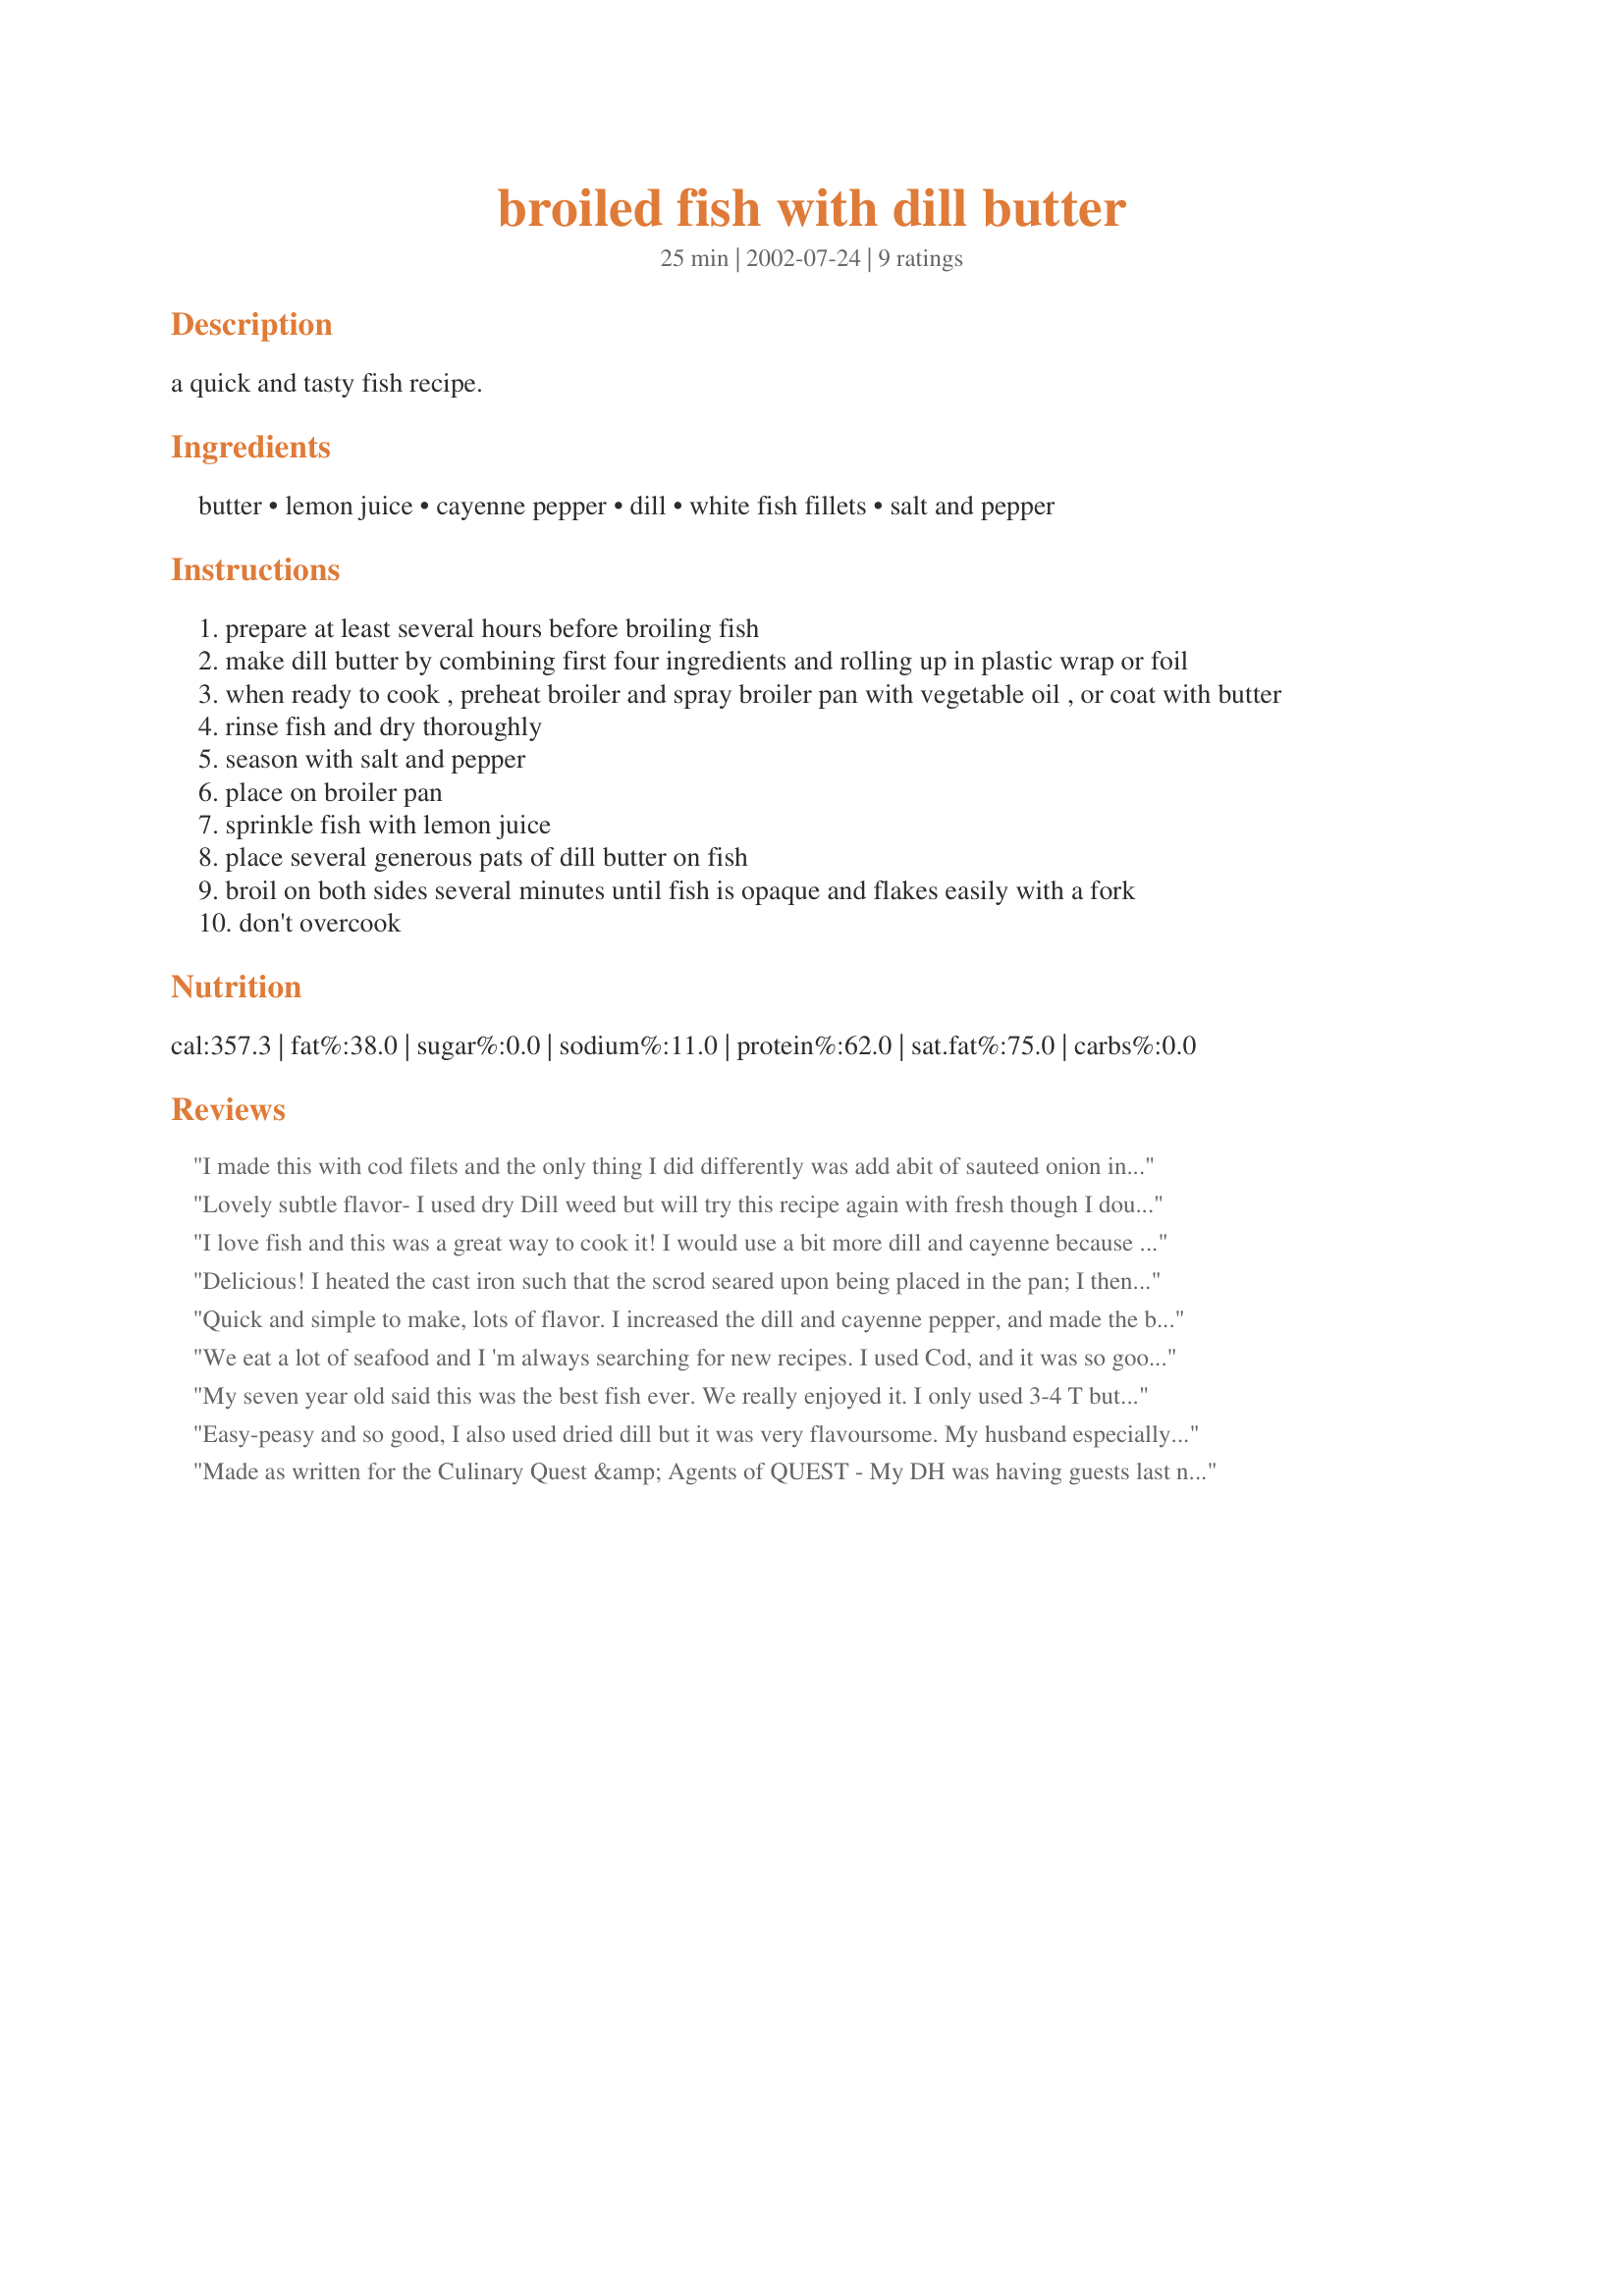
broiled fish with dill butter
Preparation time: 25 minutes

a quick and tasty fish recipe.

Ingredients:
butter, lemon juice, cayenne pepper, dill, white fish fillets, salt and pepper

Steps:
prepare at least several hours before broiling fish
make dill butter by combining first four ingredients and rolling up in plastic wrap or foil
when ready to cook , preheat broiler and spray broiler pan with vegetable oil , or coat with butter
rinse fish and dry thoroughly
season with salt and pepper
place on broiler pan
sprinkle fish with lemon juice
place several generous pats of dill butter on fish
broil on both sides several minutes until fish is opaque and flakes easily with a fork
don't overcook

Reviews:
I made this with cod filets and the only thing I did differently was add abit of sauteed onion in the butter which I drizzled on in the last few minutes. The flavor is outstanding, I served this with PanNan's Tartar sauce recipe #47077 for my Dad who cannot eat fish without it. I thought it was perfection without it, but still tasted it with and it was also wonderful! With Lent coming this will be repeated frequently in our house, it can be made quickly for the weeknight dinners, throw in a baked potato and your set! Thanks PanNan...a wonderful recipe as always!
Lovely subtle flavor- I used dry Dill weed but will try this recipe again with fresh though I doubt it can get much better than last night's dinner.Fresh Lime juice instead of lemon I used Basa filet, started by baking it at 375 for 5 minutes, turned on broiler and 5 minutes later - moist tasty filet Thanks PanNan for a recipe that goes right into my Fish & Seafood cookbook
I love fish and this was a great way to cook it! I would use a bit more dill and cayenne because they added a great overall flavour. Thanks PanNan!
Delicious! I heated the cast iron such that the scrod seared upon being placed in the pan; I then baked it for app. 20 mins. I recall a similar recipe growing up in New England, and this was it. Totally divine! Thanks for sharing!
Quick and simple to make, lots of flavor. I increased the dill and cayenne pepper, and made the butter ahead of time and stuck it in the freezer. I used cod fillets, and cooked them in foil on the barbecue grill. I added some salt and fresh cracked black pepper. **Made for Susie's World Tour 2018**
We eat a lot of seafood and I 'm always searching for new recipes. I used Cod, and it was so good. I was out of fresh dill, so I used some McCormick "It's A Dilly, seasoning. I'd serve this to company. Thanks!
My seven year old said this was the best fish ever. We really enjoyed it. I only used 3-4 T butter and cut back on the cayenne. I also used lime instead of lemon.
Easy-peasy and so good, I also used dried dill but it was very flavoursome. My husband especially appreciated this easy dinner, he loves fish! Thank you PanNan!! Made for International Agents of QUEST
Made as written for the Culinary Quest &amp; Agents of QUEST - My DH was having guests last nite, so I was preparing appy snacks for them &amp; our dinner at the same time. Cod fillets had been thawed for our dinner &amp; early in the day I was after an easy-fix easy fix recipe that could be mostly made ahead. Your recipe was my solution. I do admit to using a generous amt of lemon pepper. Delicious simplicity always wins my favor. Thx for sharing this tasty recipe w/us.
